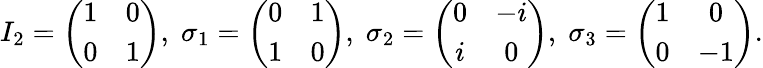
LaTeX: I_{2}=\left(\begin{array}{cc}{{1}}&{{0}}\\ {{0}}&{{1}}\end{array}\right),\; \sigma_{1}=\left(\begin{array}{cc}{{0}}&{{1}}\\ {{1}}&{{0}}\end{array}\right),\; \sigma_{2}=\left(\begin{array}{cc}{{0}}&{{-i}}\\ {{i}}&{{0}}\end{array}\right),\; \sigma_{3}=\left(\begin{array}{cc}{{1}}&{{0}}\\ {{0}}&{{-1}}\end{array}\right).